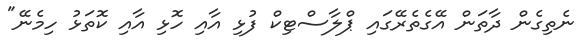
ނެތިގެން ދާތަން އޭގެތެރޭގައި ޕްލާސްޓިކް ފުޅި އާއި ހޮޅި އާއި ކޮތަޅު ހިމެނޭ"